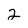
Character: 2